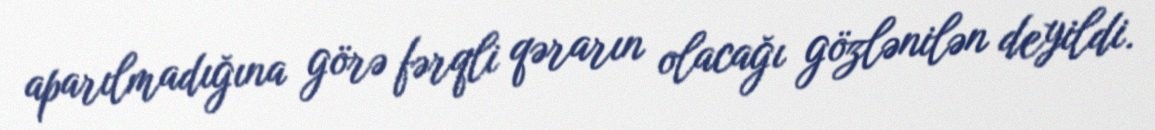
aparılmadığına görə fərqli qərarın olacağı gözlənilən deyildi.